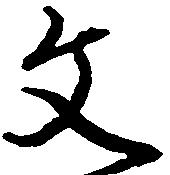
文